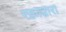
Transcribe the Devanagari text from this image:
रक्ताद्वारा